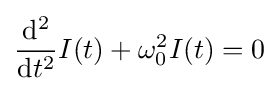
{\frac {\mathrm {d} ^{2}}{\mathrm {d} t^{2}}}I(t)+\omega _{0}^{2}I(t)=0